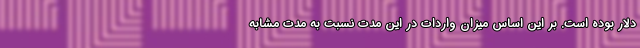
دلار بوده است. بر این اساس میزان واردات در این مدت نسبت به مدت مشابه